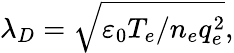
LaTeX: \lambda_{D}=\sqrt{\varepsilon_{0}T_{e}/n_{e}q_{e}^{2}},